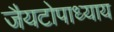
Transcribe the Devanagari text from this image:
जैयटोपाध्याय